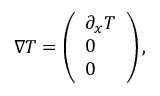
\nabla T = \left( \begin{array} { l } { \partial _ { x } T } \\ { 0 } \\ { 0 } \end{array} \right) ,